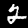
Label: 2